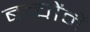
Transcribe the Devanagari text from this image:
बच्‍चोंमें